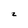
Character: z